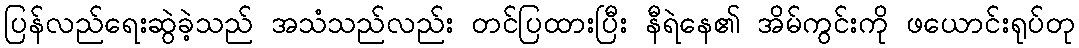
ပြန်လည်ရေးဆွဲခဲ့သည် အသံသည်လည်း တင်ပြထားပြီး နီရဲနေ၏ အိမ်ကွင်းကို ဖယောင်းရုပ်တု